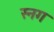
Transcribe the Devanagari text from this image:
स्नग